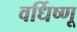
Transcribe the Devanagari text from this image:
वर्धिष्णू